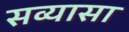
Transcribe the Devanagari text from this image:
सव्यासा